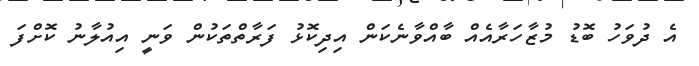
އެ ދުވަހު ބޮޑު މުޒާހަރާއެއް ބާއްވާނެކަން އިދިކޮޅު ފަރާތްތަކުން ވަނީ އިއުލާނު ކޮށްފަ